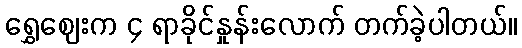
ရွှေဈေးက ၄ ရာခိုင်နှုန်းလောက် တက်ခဲ့ပါတယ်။